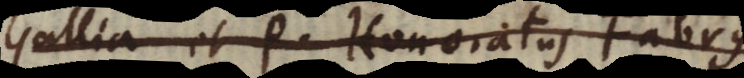
Gallia et P. Honoratus Fabry,